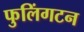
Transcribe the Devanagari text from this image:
फुलिंगटन